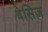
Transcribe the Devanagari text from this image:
बेसिज़